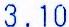
3.10